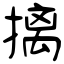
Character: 摛